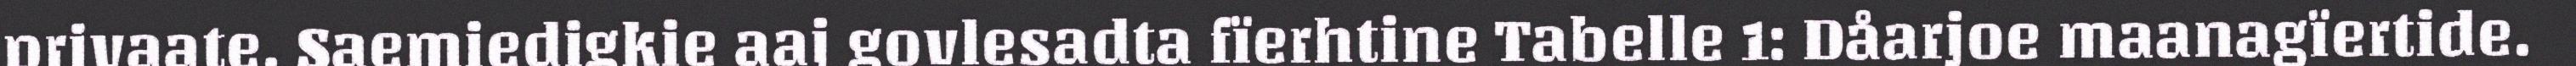
privaate. Saemiedigkie aaj govlesadta fïerhtine Tabelle 1: Dåarjoe maanagïertide.